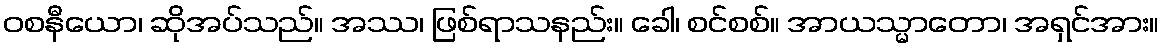
ဝစနီယော၊ ဆိုအပ်သည်။ အဿ၊ ဖြစ်ရာသနည်း။ ခေါ၊ စင်စစ်။ အာယသ္မာတော၊ အရှင်အား။